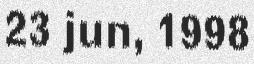
23 jun, 1998